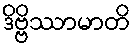
ဒိဗ္ဗိဿာမာတိ